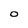
Character: 0